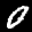
Label: 0